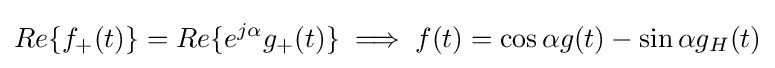
Re\{f_{+}(t)\}=Re\{e^{j\alpha }g_{+}(t)\}\implies f(t)=\cos {\alpha }g(t)-\sin {\alpha }g_{H}(t)